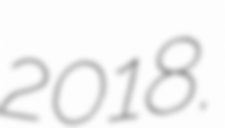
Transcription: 2018.